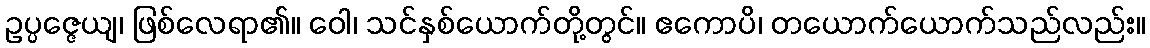
ဥပ္ပဇ္ဇေယျ၊ ဖြစ်လေရာ၏။ ဝေါ၊ သင်နှစ်ယောက်တို့တွင်။ ဧကောပိ၊ တယောက်ယောက်သည်လည်း။